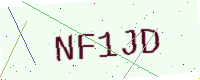
Text: NF1JD